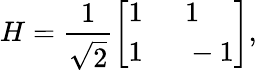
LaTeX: H=\frac{1}{\sqrt{2}}\left[\begin{array}{ll}{1~}&{~1}\\ {1~}&{~-1}\end{array}\right],